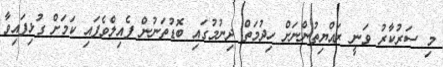
މި ސަރުކާރު ވަނީ ރައްޔިތުންނަށް ހިދުމަތް ދިނުމުގައި ބޮޑުތަނުން ފެއިލްވެފައި ކަމަށް ގުޅިފައިވާ